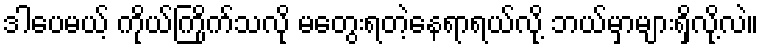
ဒါပေမယ့် ကိုယ်ကြိုက်သလို မတွေးရတဲ့နေရာရယ်လို့ ဘယ်မှာများရှိလို့လဲ။